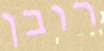
רובן